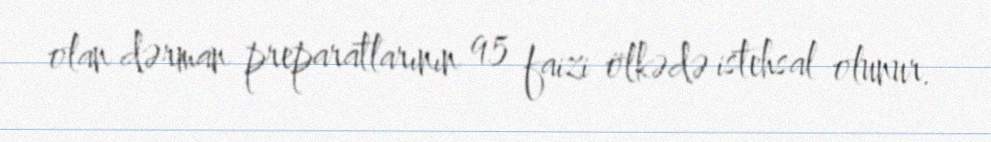
olan dərman preparatlarının 95 faizi ölkədə istehsal olunur.